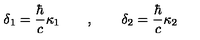
\delta _ { 1 } = \frac \hbar c \kappa _ { 1 } \qquad , \qquad \delta _ { 2 } = \frac \hbar c \kappa _ { 2 }